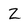
Character: Z